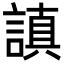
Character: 謓